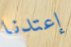
إعتدنا